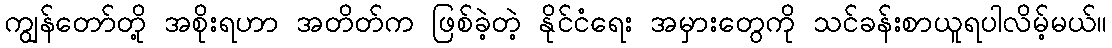
ကျွန်တော်တို့ အစိုးရဟာ အတိတ်က ဖြစ်ခဲ့တဲ့ နိုင်ငံရေး အမှားတွေကို သင်ခန်းစာယူရပါလိမ့်မယ်။